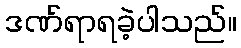
ဒဏ်ရာရခဲ့ပါသည်။